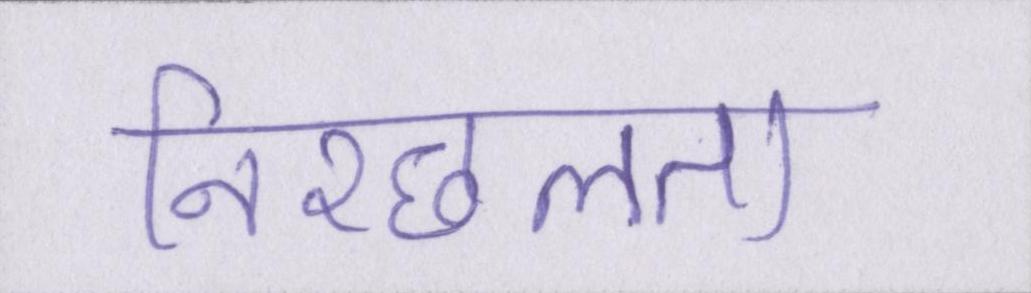
निश्छलता